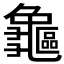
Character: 𪛃